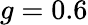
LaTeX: g=0.6